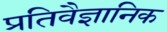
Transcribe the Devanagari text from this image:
प्रतिवैज्ञानिक